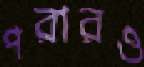
পরারও